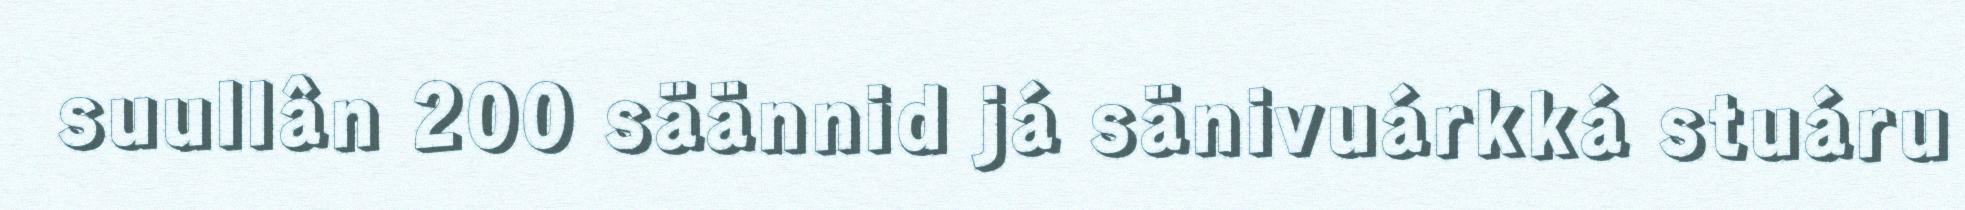
suullân 200 säännid já sänivuárkká stuáru